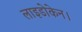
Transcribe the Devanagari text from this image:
लाइडोकेन।